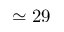
\simeq 2 9